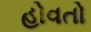
હોવતો